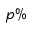
p \%